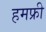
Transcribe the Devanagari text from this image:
हमफ्री